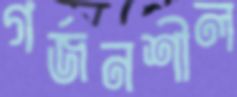
গর্জনশীল